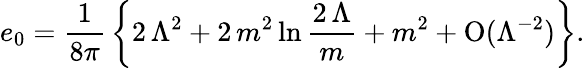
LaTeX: e_{0}={\frac{1}{8\pi}}\left\{ 2\, \Lambda^{2}+2\, {m^{2}}\ln{\frac{2\, \Lambda}{m}}+{m^{2}}+\mathrm{O}(\Lambda^{-2})\right\} .